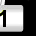
Digit: 1